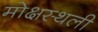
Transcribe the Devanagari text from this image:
मोक्षस्थली